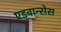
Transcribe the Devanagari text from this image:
एड्वान्सेस